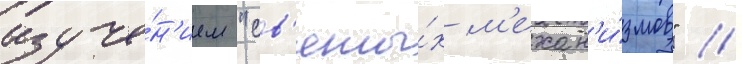
изуче́н'ием "св'яты́х м'ехан'и́змов" //